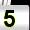
Digit: 5